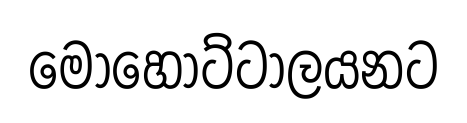
මොහොට්ටාලයනට